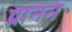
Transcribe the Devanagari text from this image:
प्रानन